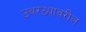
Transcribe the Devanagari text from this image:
उबरठ्यावरील